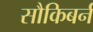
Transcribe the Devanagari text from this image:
सौकिबर्न